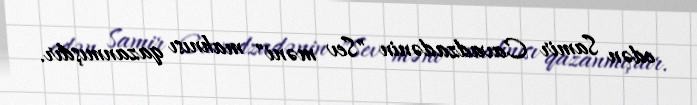
edən Samir Cavadzadənin "Sev məni" mahnısı qazanmışdır.